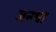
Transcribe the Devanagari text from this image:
जनथा